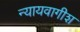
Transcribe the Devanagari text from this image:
न्यायवागीश